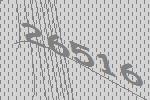
26516